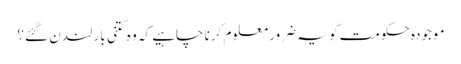
موجودہ حکومت کو یہ ضرور معلوم کرنا چاہیے کہ وہ کتنی بار لندن گئے؟